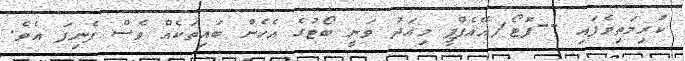
ކުރިމަތިވެފައި --ފޮޓޯ/އޭއެފްޕީ މިއަދު ވަނީ ބޯޓުގެ އެހެން ބައިތަކެއް ވެސް ފެނިފަ އެވެ.